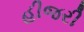
હીજરી